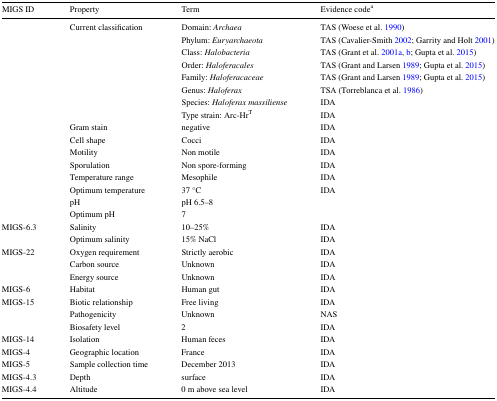
<table><thead><tr><td><b>MIGS ID</b></td><td><b>Property</b></td><td><b>Term</b></td><td><b>Evidence code<sup>a</sup></b></td></tr></thead><tbody><tr><td></td><td>Current classification</td><td>Domain: <i>Archaea</i></td><td>TAS (Woese et al. 1990)</td></tr><tr><td></td><td></td><td>Phylum: <i>Euryarchaeota</i></td><td>TAS (Cavalier-Smith 2002; Garrity and Holt 2001)</td></tr><tr><td></td><td></td><td>Class: <i>Halobacteria</i></td><td>TAS (Grant et al. 2001a, b; Gupta et al. 2015)</td></tr><tr><td></td><td></td><td>Order: <i>Haloferacales</i></td><td>TAS (Grant and Larsen 1989; Gupta et al. 2015)</td></tr><tr><td></td><td></td><td>Family: <i>Haloferacaceae</i></td><td>TAS (Grant and Larsen 1989; Gupta et al. 2015)</td></tr><tr><td></td><td></td><td>Genus: <i>Haloferax</i></td><td>TSA (Torreblanca et al. 1986)</td></tr><tr><td></td><td></td><td>Species: <i>Haloferax massiliense</i></td><td>IDA</td></tr><tr><td></td><td></td><td>Type strain: Arc-Hr<sup>T</sup></td><td>IDA</td></tr><tr><td></td><td>Gram stain</td><td>negative</td><td>IDA</td></tr><tr><td></td><td>Cell shape</td><td>Cocci</td><td>IDA</td></tr><tr><td></td><td>Motility</td><td>Non motile</td><td>IDA</td></tr><tr><td></td><td>Sporulation</td><td>Non spore-forming</td><td>IDA</td></tr><tr><td></td><td>Temperature range</td><td>Mesophile</td><td>IDA</td></tr><tr><td></td><td>Optimum temperature</td><td>37 °C</td><td>IDA</td></tr><tr><td></td><td>pH</td><td>pH 6.5–8</td><td></td></tr><tr><td></td><td>Optimum pH</td><td>7</td><td></td></tr><tr><td>MIGS-6.3</td><td>Salinity</td><td>10–25%</td><td>IDA</td></tr><tr><td></td><td>Optimum salinity</td><td>15% NaCl</td><td>IDA</td></tr><tr><td>MIGS-22</td><td>Oxygen requirement</td><td>Strictly aerobic</td><td>IDA</td></tr><tr><td></td><td>Carbon source</td><td>Unknown</td><td>IDA</td></tr><tr><td></td><td>Energy source</td><td>Unknown</td><td>IDA</td></tr><tr><td>MIGS-6</td><td>Habitat</td><td>Human gut</td><td>IDA</td></tr><tr><td>MIGS-15</td><td>Biotic relationship</td><td>Free living</td><td>IDA</td></tr><tr><td></td><td>Pathogenicity</td><td>Unknown</td><td>NAS</td></tr><tr><td></td><td>Biosafety level</td><td>2</td><td>IDA</td></tr><tr><td>MIGS-14</td><td>Isolation</td><td>Human feces</td><td>IDA</td></tr><tr><td>MIGS-4</td><td>Geographic location</td><td>France</td><td>IDA</td></tr><tr><td>MIGS-5</td><td>Sample collection time</td><td>December 2013</td><td>IDA</td></tr><tr><td>MIGS-4.3</td><td>Depth</td><td>surface</td><td>IDA</td></tr><tr><td>MIGS-4.4</td><td>Altitude</td><td>0 m above sea level</td><td>IDA</td></tr></tbody></table>